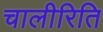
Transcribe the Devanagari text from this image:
चालीरिति